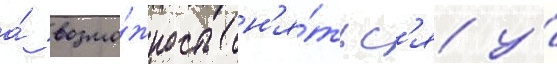
а́ возмо́жность сн'я́тьс'я у́